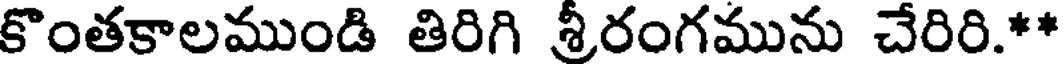
కొంతకాలముండి తిరిగి శ్రీరంగమును చేరిరి.**